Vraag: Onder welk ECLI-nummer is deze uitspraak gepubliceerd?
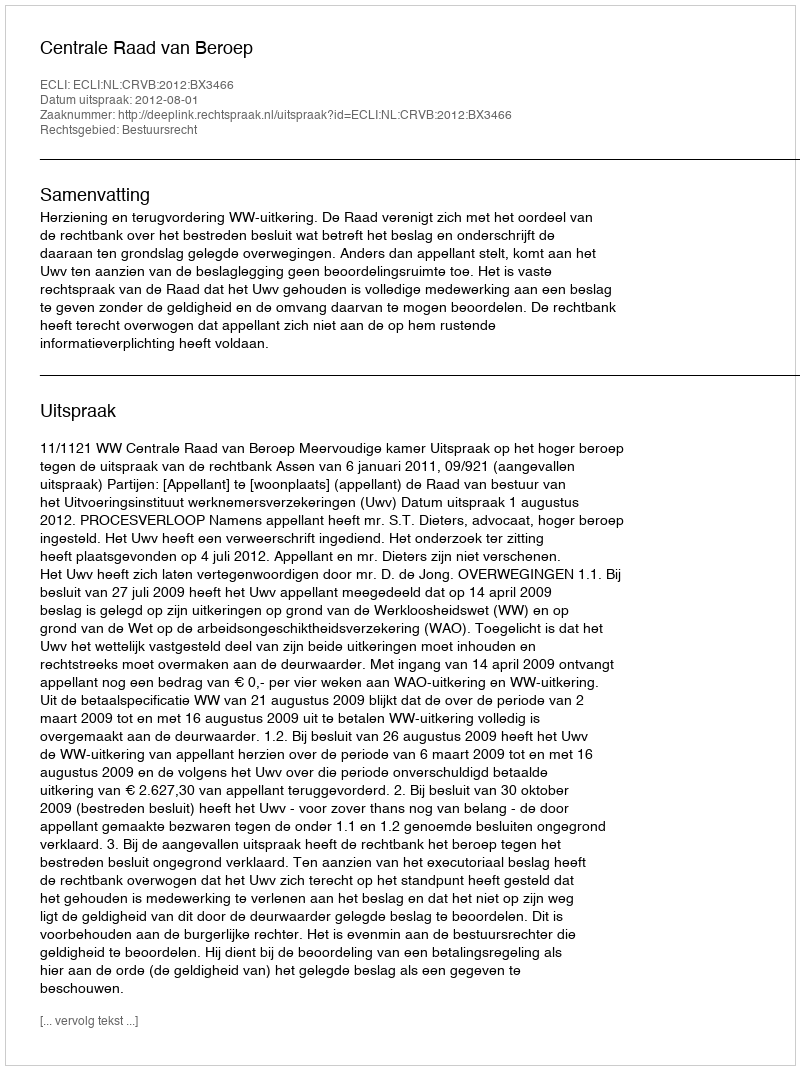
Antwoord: ECLI:NL:CRVB:2012:BX3466